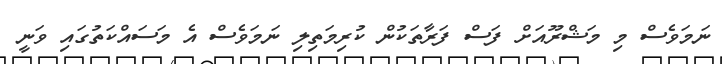
ނަމަވެސް މި މަޝްރޫއަށް ފަސް ފަރާތަކުން ކުރިމަތިލި ނަމަވެސް އެ މަސައްކަތުގައި ވަނީ